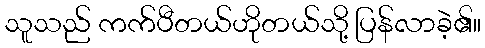
သူသည် ကက်ပီတယ်ဟိုတယ်သို့ ပြန်လာခဲ့၏။